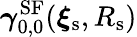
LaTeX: {\boldsymbol\gamma}_{0,0}^{\textup{SF}}({\boldsymbol\xi}_{\textup{s}},R_{\textup{s}})